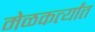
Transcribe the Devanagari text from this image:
मेळकर्त्यांत